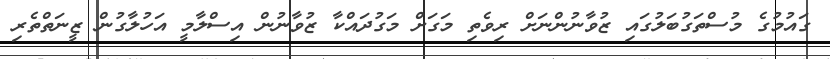
ގައުމުގެ މުސްތަގުބަލުގައި ޒުވާނުންނަށް ރިވެތި މަގަށް މަގުދައްކާ ޒުވާނުން އިސްލާމީ އަހުލާގުން ޒީނަތްތެރި